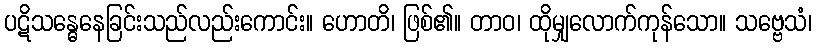
ပဋိသန္ဓေနေခြင်းသည်လည်းကောင်း။ ဟောတိ၊ ဖြစ်၏။ တာဝ၊ ထိုမျှလောက်ကုန်သော။ သဗ္ဗေသံ၊